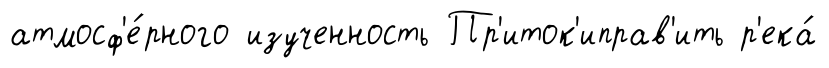
атмосф'е́рного изученность Пр'иток'иправ'ить р'ека́